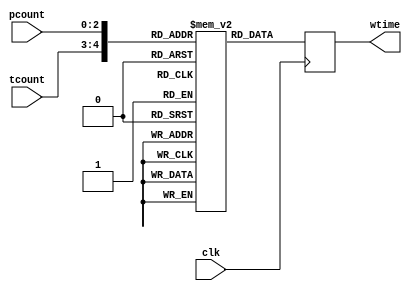
module ROM ( wtime , pcount, tcount ,clk );	 

parameter n =3 ;

output reg [4:0]wtime;  
/*max value of wtime from eqn in case of 3-bits counter is 21 (can be hold in 5bit reg of max value 31)
and the size of the rom is also 5-bits
*/
input wire [n-1:0] pcount ;
input wire [1:0] tcount ;
input wire clk ;
wire [n+1:0] address ;
assign address[n+1:0] = { tcount[1:0] ,pcount[n-1:0] } ; //concatenating tcount(MSBs) and pcount(LSBs) to serve as address to the ROM
reg [4:0]rom [0:31] ; //rom is of 5-bits width with diffferent 32 places ,so we can store 32 values for wtime each of max value 31.

//wtime==> waiting time 

always @(posedge clk) // refreshing the value of wtime every clk cycle according to the current values of counter and tellers.
begin
wtime <= rom[address] ;
end

initial 
begin // for tcount =00 ,don't care case, wtime is set to be 0.
rom[0] <= 5'd0 ;
rom[1] <= 5'd0 ;
rom[2] <= 5'd0 ;
rom[3] <= 5'd0 ;
rom[4] <= 5'd0 ;
rom[5] <= 5'd0 ;
rom[6] <= 5'd0 ;
rom[7] <= 5'd0 ;
rom[8] <= 5'd0 ;
rom[9] <= 5'd3 ;
rom[10] <= 5'd6 ;
rom[11] <= 5'd9 ;
rom[12] <= 5'd12 ;
rom[13] <= 5'd15 ;
rom[14] <= 5'd18 ;
rom[15] <= 5'd21 ;
rom[16] <= 5'd1 ;
rom[17] <= 5'd3 ;
rom[18] <= 5'd4 ;
rom[19] <= 5'd6 ;
rom[20] <= 5'd7 ;
rom[21] <= 5'd9 ;
rom[22] <= 5'd10 ;
rom[23] <= 5'd12 ;
rom[24] <= 5'd2 ;
rom[25] <= 5'd3 ;
rom[26] <= 5'd4 ;
rom[27] <= 5'd5 ;
rom[28] <= 5'd6 ;
rom[29] <= 5'd7 ;
rom[30] <= 5'd8 ;
rom[31] <= 5'd9 ;
end 


endmodule 


module rom_tb ();

parameter n =3 ;
 wire [4:0] wtime;  
reg[4:0]i ; 
reg [n-1:0] pcount ;
reg [1:0] tcount ;
reg clk ;
initial 
begin
i =5'b0 ;
clk =0 ;
$monitor ("%b %b  .. wtime= %d", tcount,pcount,wtime);

end

always
    begin 
#4
	 pcount=i&3'b111;
         tcount=i>>n ;
i=i+1 ;
      //  if (tcount == 0) continue;
        
    end

always 
begin 
#2 clk = ~clk ;
end


ROM rm ( wtime , pcount, tcount ,clk );	
endmodule